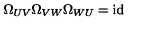
\Omega _ { U V } \Omega _ { V W } \Omega _ { W U } = \mathrm { i d }